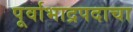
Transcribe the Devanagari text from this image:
पूर्वाभाद्रपदाचा